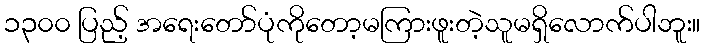
၁၃၀၀ ပြည့် အရေးတော်ပုံကိုတော့မကြားဖူးတဲ့သူမရှိလောက်ပါဘူး။